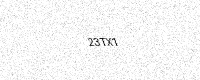
Text: 23TX1